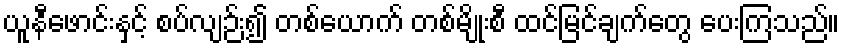
ယူနီဖောင်းနှင့် စပ်လျဉ်း၍ တစ်ယောက် တစ်မျိုးစီ ထင်မြင်ချက်တွေ ပေးကြသည်။